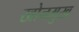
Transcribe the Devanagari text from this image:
खोनमुख